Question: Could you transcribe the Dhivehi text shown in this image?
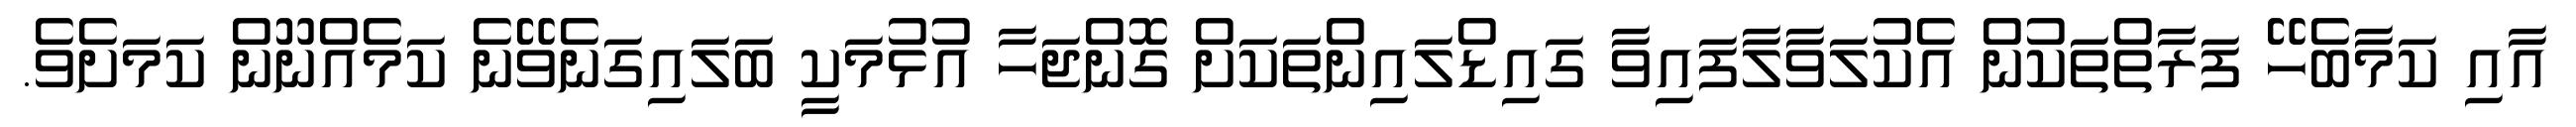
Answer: އާއި ކަމާބެހޭ ފަރާތްތަކުން އެކުލަވާލާފައިވާ ގައިޑްލައިންތަކަށް ގޮންޖަހާ އުޅުމަކީ ބަލައިގަނެވޭނެ ކަމެއްނޫން ކަމަށެވެ.